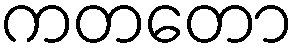
ကတတော